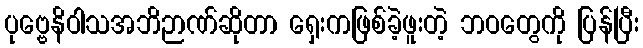
ပုဗ္ဗေနိဝါသအဘိဉာဏ်ဆိုတာ ရှေးကဖြစ်ခဲ့ဖူးတဲ့ ဘဝတွေကို ပြန်ပြီး